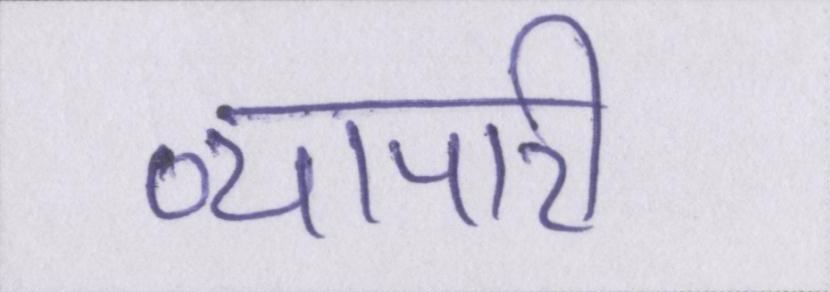
व्यापारी